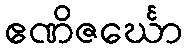
ဧဏိဇင်္ဃော